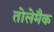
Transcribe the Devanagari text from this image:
तोलेमैक